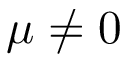
\mu \neq 0